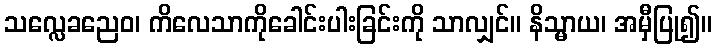
သလ္လေခညေဝ၊ ကိလေသာကိုခေါင်းပါးခြင်းကို သာလျှင်။ နိသ္မာယ၊ အမှီပြု၍။